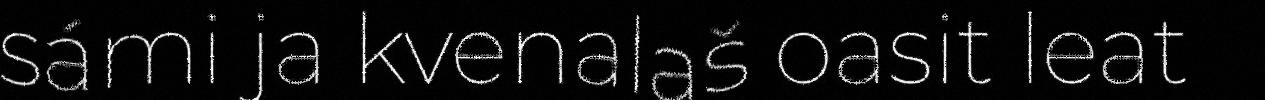
sámi ja kvenalaš oasit leat